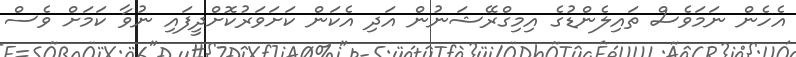
އެހެން ނަމަވެސް ތައިލެންޑުގެ އިމިގްރޭޝަނުން އަދި އެކަން ކަށަވަރުކޮށްދީފައި ނުވާ ކަމަށް ވެސް